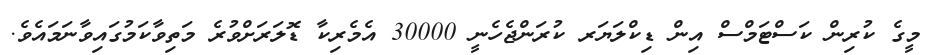
މީގެ ކުރިން ކަސްޓަމްސް އިން ޑިކްލަޔަރ ކުރަންޖެހެނީ 30000 އެމެރިކާ ޑޮލަރަށްވުރެ މަތިވާކަމުގައިވާނަމައެވެ.